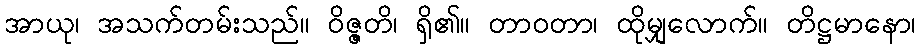
အာယု၊ အသက်တမ်းသည်။ ဝိဇ္ဇတိ၊ ရှိ၏။ တာဝတာ၊ ထိုမျှလောက်။ တိဋ္ဌမာနော၊